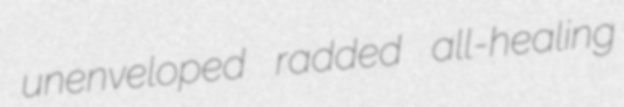
unenveloped radded all-healing